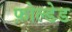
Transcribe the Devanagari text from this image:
फ़ोल्डेड